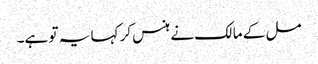
مل کے مالک نے ہنس کر کہا یہ تو ہے۔